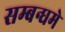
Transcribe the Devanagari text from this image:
सम्बन्धमे